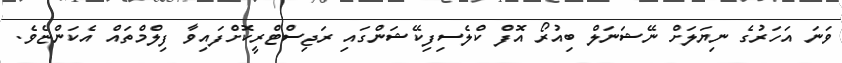
ވަނަ އަހަރުގެ ނިޔަލަށް ނޭޝަނަލް ބިއުރޯ އޮފް ކްލެސިފިކޭޝަންގައި ރަޖިސްޓްރީކޮށްފައިވާ ފިލްމްތައް އެކަންޏެވެ.